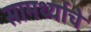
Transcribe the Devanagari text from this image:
सामर्थ्याचे